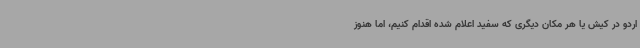
اردو در کیش یا هر مکان دیگری که سفید اعلام شده اقدام کنیم، اما هنوز